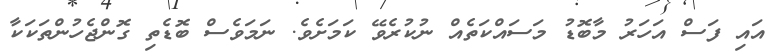
އައި ފަސް އަހަރު މާބޮޑު މަސައްކަތެއް ނުކުރެވޭ ކަމަށެވެ. ނަމަވެސް ބޮޑެތި ގޮންޖެހުންތަކަކާ